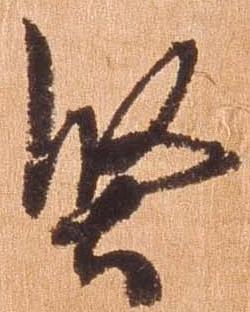
堅